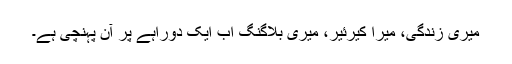
میری زندگی، میرا کیرئیر، میری بلاگنگ اب ایک دوراہے پر آن پہنچی ہے۔